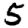
Digit: 5